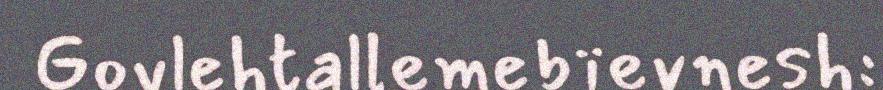
Govlehtallemebïevnesh: